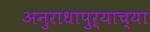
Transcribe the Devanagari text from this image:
अनुराधापुऱ्याच्या